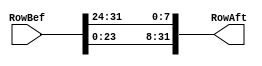
module RotWord (input [31:0] RowBef, output [31:0] RowAft);
assign RowAft = {RowBef[23:0],RowBef[31:24]};
endmodule